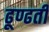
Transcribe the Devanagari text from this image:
ढूण्ढती